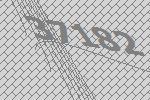
37182